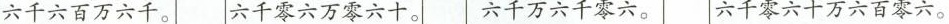
六千六百万六千。 六千零六万零六十。 六千万六千零六。 六千零六十万六百零六。